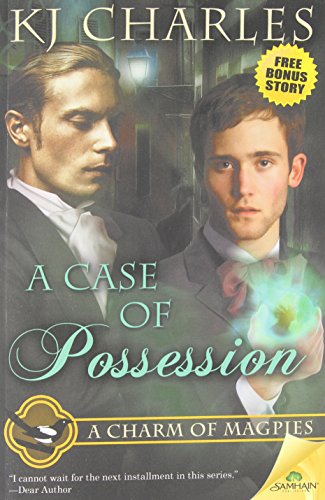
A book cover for A Case of Possession; K J Charles; Romance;